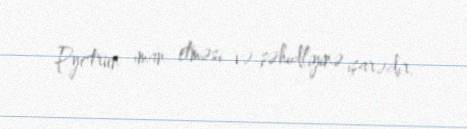
Pyotrun iman etməsi və şəhidliyinə işarədir.